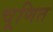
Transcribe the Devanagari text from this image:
चूणित